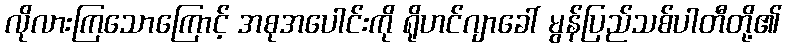
လိုလားကြသောကြောင့် အစုအပေါင်းကို ရိုဟင်ဂျာခေါ် မွန်ပြည်သစ်ပါတီတို့၏